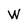
Character: W